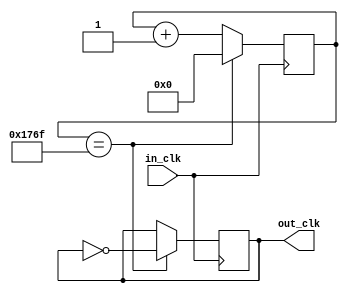
`timescale 1ns / 1ps
//////////////////////////////////////////////////////////////////////////////////
// Company: 
// Engineer: 
// 
// Design Name: 
// Module Name: clk_div
// Project Name: 
// Target Devices: 
// Tool Versions: 
// Description: 
// 
// Dependencies: 
// 
// Revision:
// Revision 0.01 - File Created
// Additional Comments:
// 
//////////////////////////////////////////////////////////////////////////////////


module clk_div
#(
    parameter input_hz = 12000000,
    parameter target_hz = 1000
)
(
    input in_clk,
    output reg out_clk
);

    // make target_hz
    reg [31:0]counter;
    always@(posedge in_clk) begin
        counter <= counter + 1;
        if(counter == (input_hz/(2*target_hz))-1) begin
            out_clk <= ~out_clk;
            counter <= 0;
        end
    end
    
endmodule